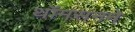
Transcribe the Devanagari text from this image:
थॉमसनने